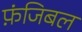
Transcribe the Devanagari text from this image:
फ़ंजिबल